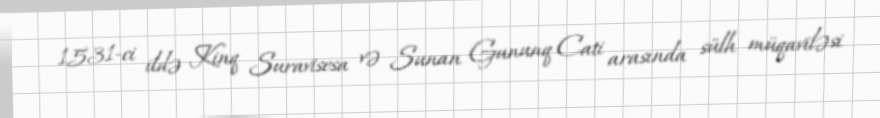
1531-ci ildə Kinq Suravisesa və Sunan Gununq Cati arasında sülh müqaviləsi